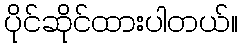
ပိုင်ဆိုင်ထားပါတယ်။